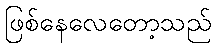
ဖြစ်နေလေတော့သည်